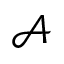
\mathcal { A }